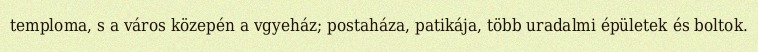
temploma, s a város közepén a vgyeház; postaháza, patikája, több uradalmi épületek és boltok.